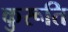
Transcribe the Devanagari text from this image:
कुरूति